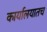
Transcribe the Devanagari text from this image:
कार्यालयातच